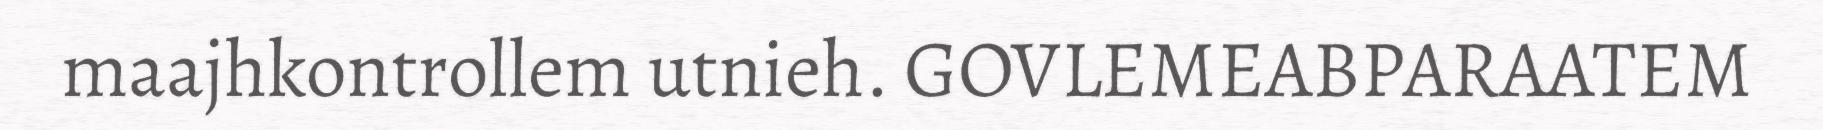
maajhkontrollem utnieh. GOVLEMEABPARAATEM